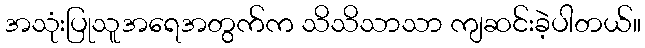
အသုံးပြုသူအရေအတွက်က သိသိသာသာ ကျဆင်းခဲ့ပါတယ်။